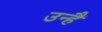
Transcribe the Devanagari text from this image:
उन्हैं